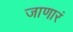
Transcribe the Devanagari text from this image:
जाणारं